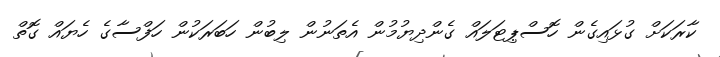
ކާރަކަށް ގުޅައިގެން ހޮސްޕިޓަލައް ގެންދިޔުމުން އެތަނުން ލިބުން ހަބަރަކުން ހަފްސާގެ ހެޔައް ގޮތް